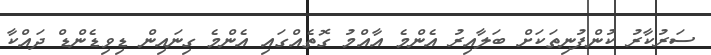
ސަރުކާރު ކުންފުނިތަކަށް ބަލާއިރު އެންމެ އާއްމު ގޮތެއްގައި އެންމެ ގިނައިން ޑިވިޑެންޑް ދައްކާ